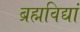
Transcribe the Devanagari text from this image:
ब्रह्मविद्यां